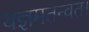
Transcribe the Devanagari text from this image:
यज्ञमतन्वत।